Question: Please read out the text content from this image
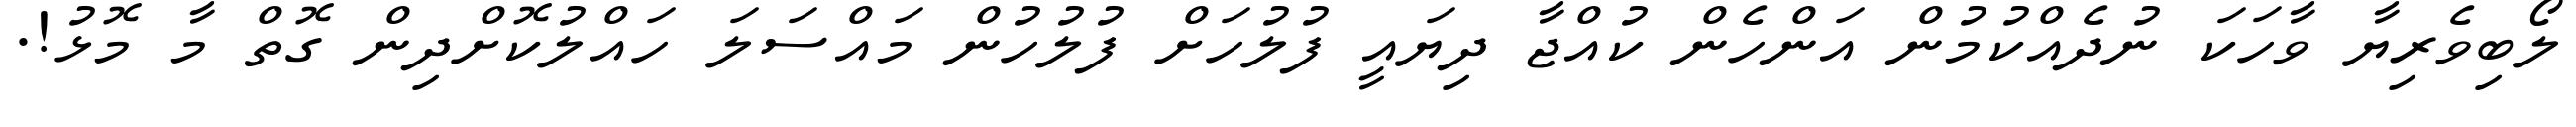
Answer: ލޯބިވެރިޔާ ވާހަކަ ނުދެއްކުމުން އަންހެން ކުއްޖާ ދިޔައީ ފުލުހަށް ފުލުހުން މައްސަލަ ހައްލުކޮށްދިން ގޮތް މާ މޮޅު!.